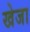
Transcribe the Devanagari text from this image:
खेजा